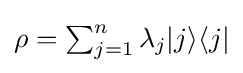
\textstyle \rho =\sum _{j=1}^{n}\lambda _{j}|j\rangle \langle j|